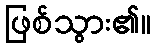
ဖြစ်သွား၏။